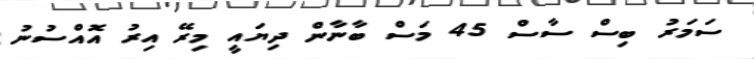
ސަމަރު ބިސް ސާސް 45 މަސް ބާނާން ދިޔައީ މިރޭ އިރު އޮއްސުނު